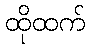
ထိုထက်